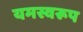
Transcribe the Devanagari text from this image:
यमस्वरूप